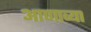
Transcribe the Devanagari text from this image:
आणाव्या